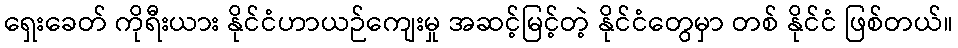
ရှေးခေတ် ကိုရီးယား နိုင်ငံဟာယဉ်ကျေးမှု အဆင့်မြင့်တဲ့ နိုင်ငံတွေမှာ တစ် နိုင်ငံ ဖြစ်တယ်။